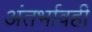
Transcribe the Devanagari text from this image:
अंतर्भावही